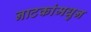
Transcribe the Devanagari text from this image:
नाटकांमधुन